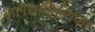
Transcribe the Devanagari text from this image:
बालसाहित्यिका